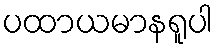
ပထာယမာနရူပါ